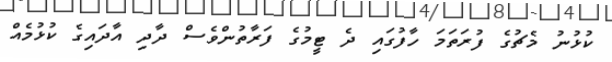
ކުޅުނު މެޗުގެ ފުރަތަމަ ހާފުގައި ދެ ޓީމުގެ ފަރާތުންވެސް ދާދި އާދައިގެ ކުޅުމެއް